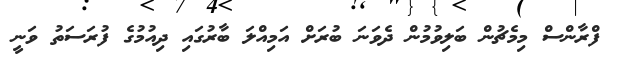
ފްރާންސް މިމެޗުން ބަލިވުމުން ދެވަނަ ބުރަށް އަމިއްލަ ބާރުގައި ދިއުމުގެ ފުރަސަތު ވަނީ